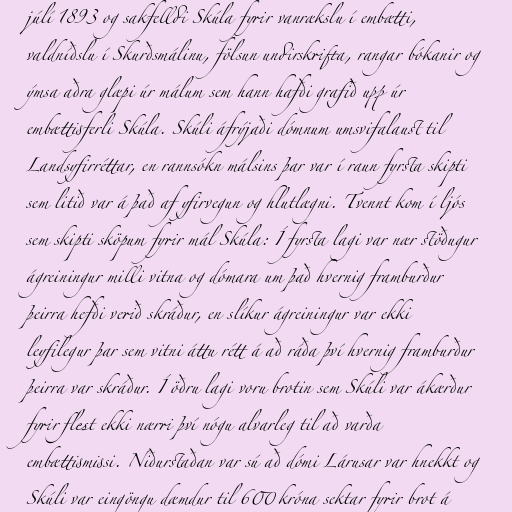
júlí 1893 og sakfelldi Skúla fyrir vanrækslu í embætti,
valdníðslu í Skurðsmálinu, fölsun undirskrifta, rangar bókanir og
ýmsa aðra glæpi úr málum sem hann hafði grafið upp úr
embættisferli Skúla. Skúli áfrýjaði dómnum umsvifalaust til
Landsyfirréttar, en rannsókn málsins þar var í raun fyrsta skipti
sem litið var á það af yfirvegun og hlutlægni. Tvennt kom í ljós
sem skipti sköpum fyrir mál Skúla: Í fyrsta lagi var nær stöðugur
ágreiningur milli vitna og dómara um það hvernig framburður
þeirra hefði verið skráður, en slíkur ágreiningur var ekki
leyfilegur þar sem vitni áttu rétt á að ráða því hvernig framburður
þeirra var skráður. Í öðru lagi voru brotin sem Skúli var ákærður
fyrir flest ekki nærri því nógu alvarleg til að varða
embættismissi. Niðurstaðan var sú að dómi Lárusar var hnekkt og
Skúli var eingöngu dæmdur til 600 króna sektar fyrir brot á